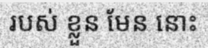
របស់ ខ្លួន មែន នោះ